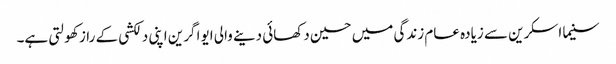
سنیما اسکرین سے زیادہ عام زندگی میں حسین دکھائی دینے والی ایوا گرین اپنی دلکشی کے راز کھولتی ہے۔